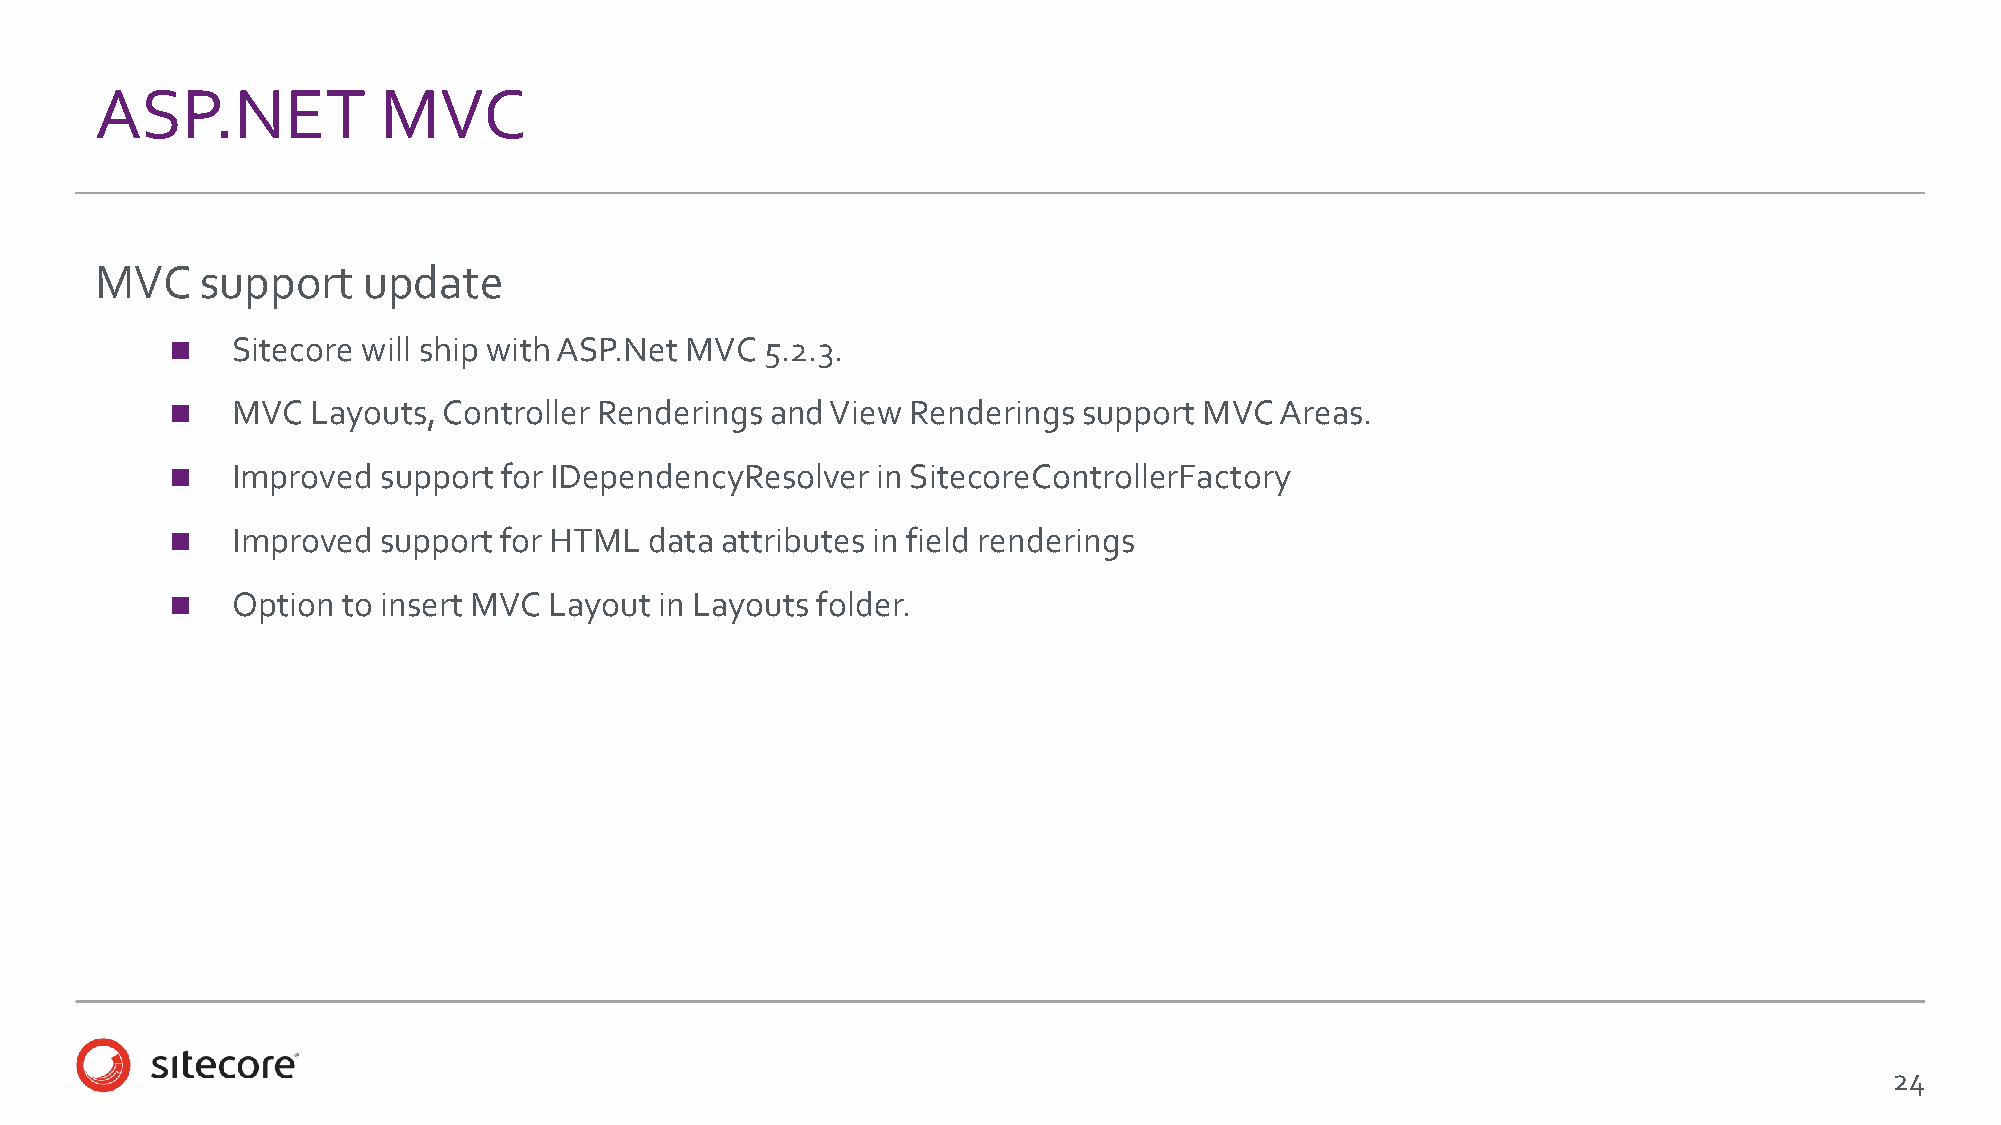
ASP.NET            MVC
 MVC    support    update
    Sitecore will ship with ASP.Net MVC 5.2.3.
    MVC   Layouts, Controller Renderings and View Renderings support MVC  Areas.
    Improved  support for IDependencyResolver  in SitecoreControllerFactory
    Improved  support for HTML  data attributes in field renderings
    Option  to insert MVC Layout in Layouts folder.
 24